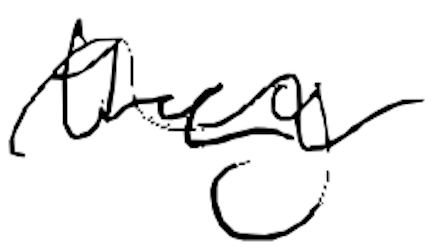
Text: they
Cross-out: wave
Writing tool: digital_black